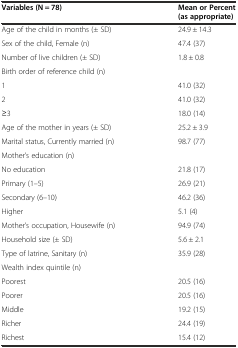
<table><thead><tr><td><b>Variables (N = 78)</b></td><td><b>Mean or Percent (as appropriate)</b></td></tr></thead><tbody><tr><td>Age of the child in months (± SD)</td><td>24.9 ± 14.3</td></tr><tr><td>Sex of the child, Female (n)</td><td>47.4 (37)</td></tr><tr><td>Number of live children (± SD)</td><td>1.8 ± 0.8</td></tr><tr><td colspan="2">Birth order of reference child (n)</td></tr><tr><td>1</td><td>41.0 (32)</td></tr><tr><td>2</td><td>41.0 (32)</td></tr><tr><td>≥3</td><td>18.0 (14)</td></tr><tr><td>Age of the mother in years (± SD)</td><td>25.2 ± 3.9</td></tr><tr><td>Marital status, Currently married (n)</td><td>98.7 (77)</td></tr><tr><td colspan="2">Mother’s education (n)</td></tr><tr><td>No education</td><td>21.8 (17)</td></tr><tr><td>Primary (1–5)</td><td>26.9 (21)</td></tr><tr><td>Secondary (6–10)</td><td>46.2 (36)</td></tr><tr><td>Higher</td><td>5.1 (4)</td></tr><tr><td>Mother’s occupation, Housewife (n)</td><td>94.9 (74)</td></tr><tr><td>Household size (± SD)</td><td>5.6 ± 2.1</td></tr><tr><td>Type of latrine, Sanitary (n)</td><td>35.9 (28)</td></tr><tr><td colspan="2">Wealth index quintile (n)</td></tr><tr><td>Poorest</td><td>20.5 (16)</td></tr><tr><td>Poorer</td><td>20.5 (16)</td></tr><tr><td>Middle</td><td>19.2 (15)</td></tr><tr><td>Richer</td><td>24.4 (19)</td></tr><tr><td>Richest</td><td>15.4 (12)</td></tr></tbody></table>